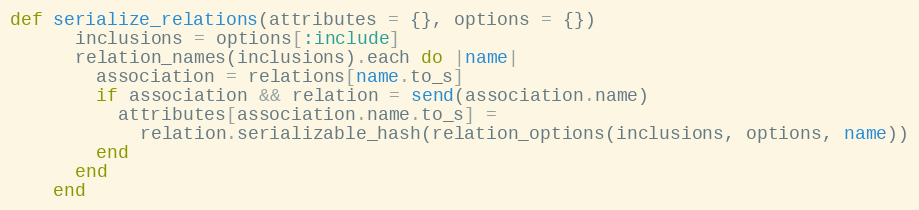
Language: Ruby
def serialize_relations(attributes = {}, options = {})
      inclusions = options[:include]
      relation_names(inclusions).each do |name|
        association = relations[name.to_s]
        if association && relation = send(association.name)
          attributes[association.name.to_s] =
            relation.serializable_hash(relation_options(inclusions, options, name))
        end
      end
    end